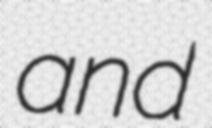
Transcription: and